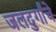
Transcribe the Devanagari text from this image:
जलदुर्गांचे